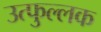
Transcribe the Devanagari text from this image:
उत्‍फुल्‍लक